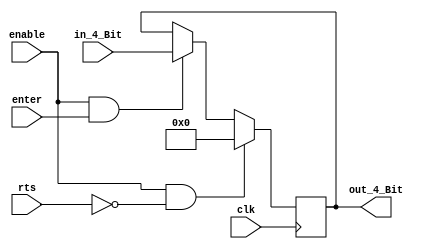
//ECE5440
//Alamin Ahmed 5293
//Lab 2 Number Matching Game with enter/rts and password protection
//The Registor Module to save the input state 

module FourBitReg(clk,enable,enter,rts,in_4_Bit, out_4_Bit);
	parameter high = 1'b1,
		  low  = 1'b0,
		  zeros = 4'b0000;

	input enable,rts,enter,clk;
	input[3:0] in_4_Bit;
	output reg[3:0] out_4_Bit = zeros;

	always@(negedge clk) begin
		if(enable == high & rts == low) begin
			out_4_Bit = zeros;
		end
		else if(enable == high & enter == high) begin
			out_4_Bit = in_4_Bit;
		end
		else ;
	end
endmodule